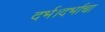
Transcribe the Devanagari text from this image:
दर्भ।दर्भाचा